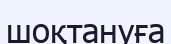
шоқтануға